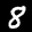
Label: 8